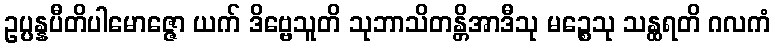
ဥပ္ပန္နပီတိပါမောဇ္ဇော ယက် ဒိဗ္ဗေသူတိ သုဘာသိတန္တိအာဒီသု မဉ္စေသု သန္ထရတိ ဂလကံ